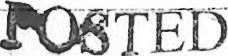
POSTED